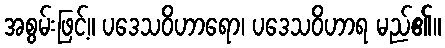
အစွမ်းဖြင့်။ ပဒေသဝိဟာရော၊ ပဒေသဝိဟာရ မည်၏။